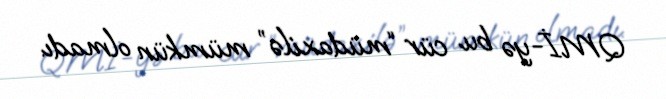
QMİ-yə bu cür “müdaxilə” mümkün olmadı.